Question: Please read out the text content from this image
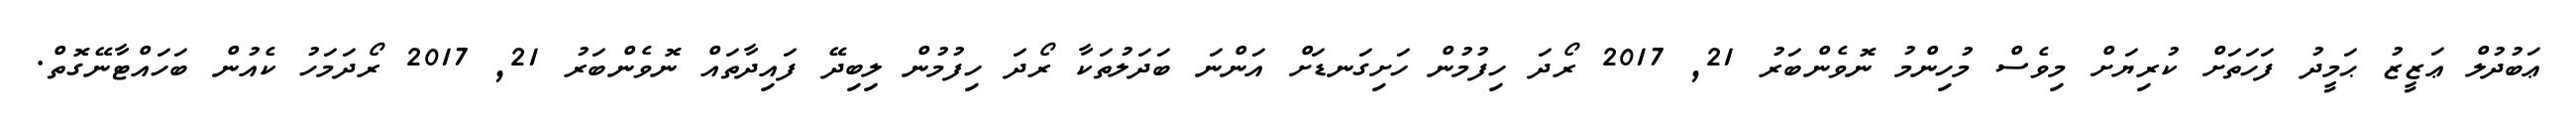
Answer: ޢަބުދުލް ޢަޒީޒު ޙަމީދު ފަހަތަށް ކުރިޔަށް މިވެސް މުހިންމު ނޮވެންބަރު 21, 2017 ރޯދަ ހިފުމުން ހަށިގަނޑަށް އަންނަ ބަދަލުތަކާ ރޯދަ ހިފުމުން ލިބިދޭ ފައިދާތައް ނޮވެންބަރު 21, 2017 ރޯދަމަހު ކެއުން ބަހައްޓާނޭގޮތް.